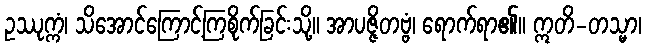
ဥဿုက္ကံ၊ သိအောင်ကြောင့်ကြစိုက်ခြင်းသို့။ အာပဇ္ဇိတဗ္ဗံ၊ ရောက်ရာ၏။ ဣတိ-တသ္မာ၊